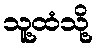
သူ့ထံသို့